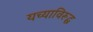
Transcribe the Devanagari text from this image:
यच्याविरूद्ध